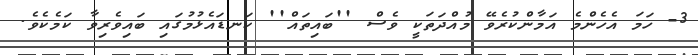
3- ހަމަ އެހެންމެ އަމާންކުރެވޭ މުއްދަތަކީ ވެސް ''ބައިތައް'' ކަނޑައެޅުމުގައި ބައިވެރިވާ ކަމެކެވެ.